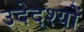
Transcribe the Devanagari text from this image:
उदेदश्यों